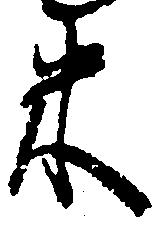
米